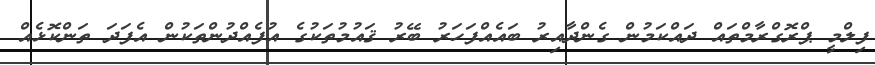
ފިލްމީ ޕްރޮގްރާމްތައް ދައްކަމުން ގެންދާއިރު ބައެއްފަހަރު ބޭރު ޤައުމުތަކުގެ އުފެއްދުންތަކުން އެފަދަ ތަންކޮޅެއް